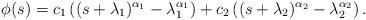
LaTeX: \begin{align*}\phi(s)= c_1\left((s+\lambda_1)^{\alpha_1}-\lambda_1^{\alpha_1}\right) + c_2\left((s+\lambda_2)^{\alpha_2}-\lambda_2^{\alpha_2}\right).\end{align*}